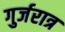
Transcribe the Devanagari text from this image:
गुर्जरात्र